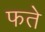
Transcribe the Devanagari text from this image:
फते